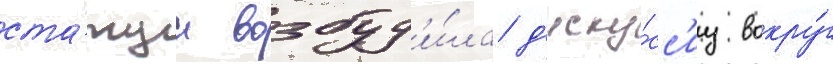
ста́туи возбуд'и́ла д'иску́сс'иу вокру́г